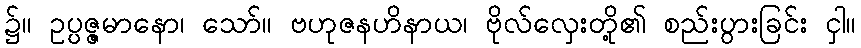
၌။ ဥပ္ပဇ္ဇမာနော၊ သော်။ ဗဟုဇနဟိနာယ၊ ဗိုလ်လှေးတို့၏ စည်းပွားခြင်း ငှါ။